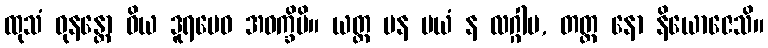
ထုသံ ဓုနန္တော ဝိယ ဒူရမေဝ အဝက္ခိပိ။ ယတ္ထ ပန မယံ န လဂ္ဂါမ, တတ္ထ နော နိယောဇေသိ။